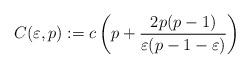
LaTeX: \begin{align*}C(\varepsilon,p):=c\left(p+\frac{2p(p-1)}{\varepsilon(p-1-\varepsilon)}\right)\end{align*}